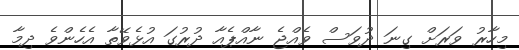
މިހާރު ވަރަށް ގިނަ ދުވަސް ވެއްޖެ ނާއްޕެއާ ދުރުގަ އުޅެވޭތާ އެހެންވެ ދިމާ